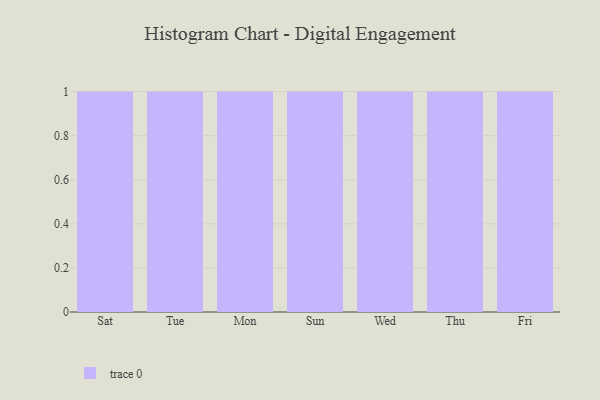
{"axis": {"x": "Day", "y": "Operating Costs (USD K)"}, "legend": [""], "data": [{"x": "Sat", "y": 74, "type": ""}, {"x": "Tue", "y": 23, "type": ""}, {"x": "Mon", "y": 52, "type": ""}, {"x": "Sun", "y": 41, "type": ""}, {"x": "Wed", "y": 14, "type": ""}, {"x": "Thu", "y": 49, "type": ""}, {"x": "Fri", "y": 5, "type": ""}]}